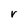
Character: V